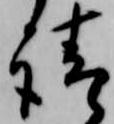
請